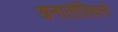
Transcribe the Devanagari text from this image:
अनातोलियाने